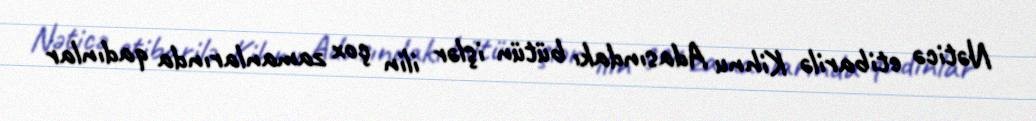
Nəticə etibarilə Kihnu Adasındakı bütün işlər ilin çox zamanlarında qadınlar